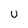
Character: U